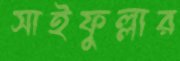
সাইফুল্লার